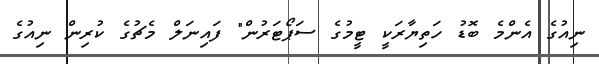
ނިއުގެ އެންމެ ބޮޑު ހަތިޔާރަކީ ޓީމުގެ ސަޕޯޓަރުން" ފައިނަލް މެޗުގެ ކުރިން ނިއުގެ